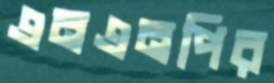
এনএনপির